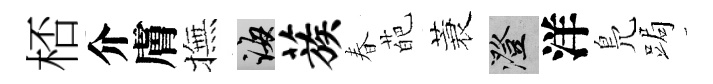
桮介膚撫誨蔟春葩蓑澄洋鳬跼